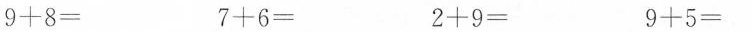
$$9+8=$$ $$7+6=$$ $$2+9=$$ $$49+5=$$